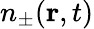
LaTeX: n_{\pm}(\mathbf{r},t)